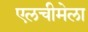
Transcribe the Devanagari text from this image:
एलचीमेला